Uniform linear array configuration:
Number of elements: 8
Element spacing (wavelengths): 0.25
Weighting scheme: cosine
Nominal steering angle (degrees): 45
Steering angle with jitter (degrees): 43.531
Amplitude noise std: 0.05
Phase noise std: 0.05

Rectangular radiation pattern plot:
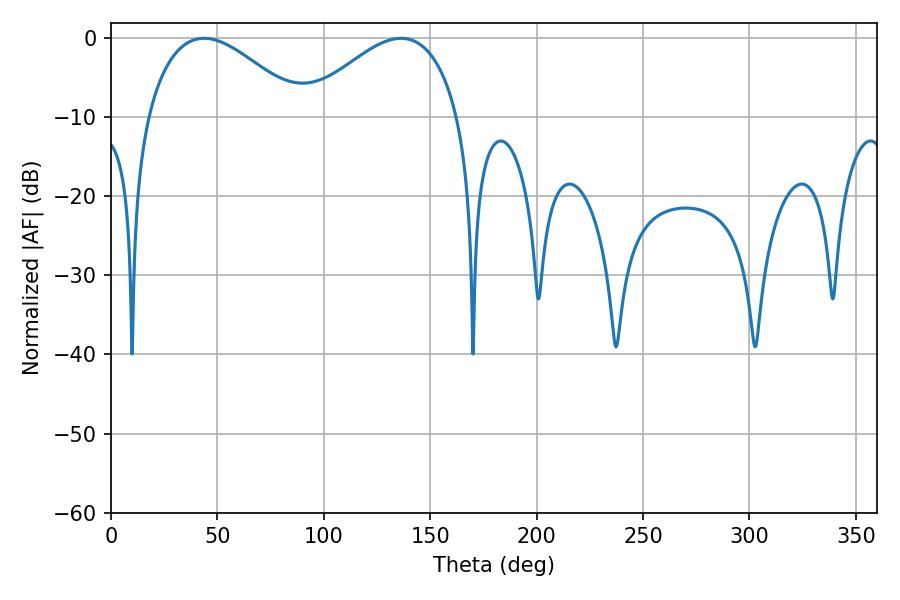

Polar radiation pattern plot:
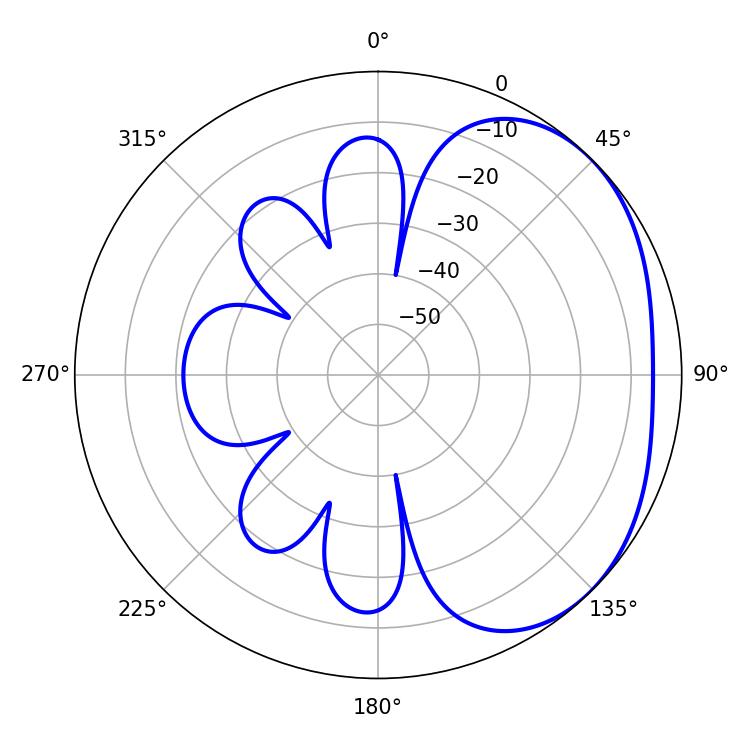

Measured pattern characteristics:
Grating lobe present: FALSE
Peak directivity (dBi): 2.621
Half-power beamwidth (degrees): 39.78
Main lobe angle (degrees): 43.74